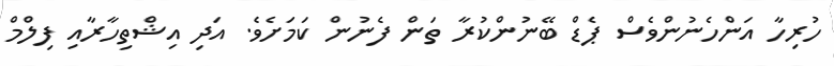
ހުރިހާ އަންހެނުންވެސް ޕެޑް ބޭނުންކުރާ ތަން ފެނުން ކަމަށެވެ. އަދި އިޝްތިހާރާއި ފިލްމް